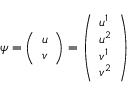
\psi = { \left( \begin{array} { l } { u } \\ { v } \end{array} \right) } = { \left( \begin{array} { l } { u ^ { 1 } } \\ { u ^ { 2 } } \\ { v ^ { 1 } } \\ { v ^ { 2 } } \end{array} \right) }